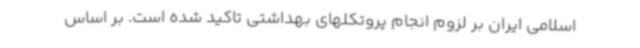
اسلامی ایران بر لزوم انجام پروتکلهای بهداشتی تاکید شده است. بر اساس